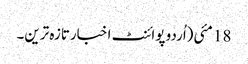
18 مئی(اُردو پوائنٹ اخبارتازہ ترین۔